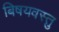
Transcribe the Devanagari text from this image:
बिषयवस्तु